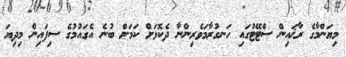
މިޔަންމާގެ ރާޚައިން ސްޓޭޓުގައި ހަނގުރާމަވެރިންނާ ދެކޮޅަށް ކަމަށް ބުނެ އެގައުމުގެ ސިފައިން މިދިޔަ